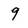
Character: 9